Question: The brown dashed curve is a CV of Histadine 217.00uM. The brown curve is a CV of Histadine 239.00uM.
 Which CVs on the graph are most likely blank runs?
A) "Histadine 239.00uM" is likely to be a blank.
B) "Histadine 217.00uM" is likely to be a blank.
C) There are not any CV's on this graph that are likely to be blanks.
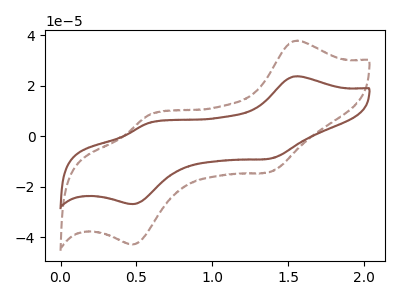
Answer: <think>The brown dashed curve "Histadine 217.00uM" has anodic peaks at (1.55V, 37.75uA) (0.60V, 8.35uA) and cathodic peaks at (1.40V, -14.15uA) (0.50V, -42.85uA). The brown curve "Histadine 239.00uM" has anodic peaks at (1.55V, 23.70uA) (0.60V, 5.25uA) and cathodic peaks at (1.40V, -8.90uA) (0.50V, -26.90uA).</think>
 <answer>C) There are not any CV's on this graph that are likely to be blanks.</answer>
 <eval>C</eval>